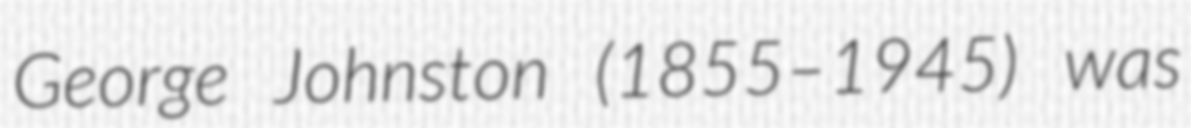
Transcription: George Johnston (1855–1945) was